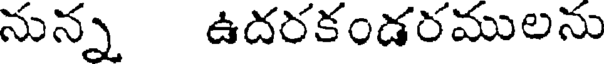
నున్న ఉదరకండరములను